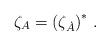
LaTeX: \begin{align*}\zeta_A=\left( \zeta_{\dot A}\right)^*\,.\end{align*}